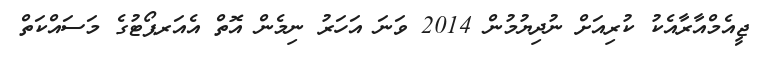
ޖީއެމްއާރާއެކު ކުރިއަށް ނުދިޔުމުން 2014 ވަނަ އަހަރު ނިމެން އޮތް އެއަރޕޯޓުގެ މަސައްކަތް